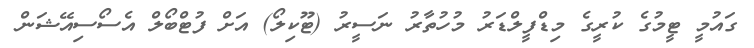
ގައުމީ ޓީމުގެ ކުރީގެ މިޑްފީލްޑަރު މުހުތާރު ނަސީރު (ޓޫކިލޯ) އަށް ފުޓްބޯލް އެސޯސިއޭޝަން